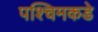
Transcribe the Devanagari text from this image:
पश्चिमकडे